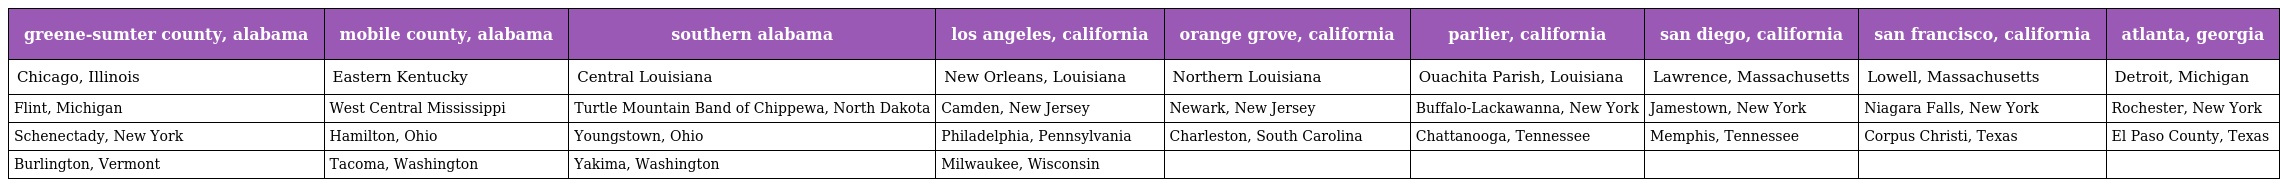
| greene-sumter county, alabama | mobile county, alabama | southern alabama | los angeles, california | orange grove, california | parlier, california | san diego, california | san francisco, california | atlanta, georgia |
 | --- | --- | --- | --- | --- | --- | --- | --- | --- |
 | Chicago, Illinois | Eastern Kentucky | Central Louisiana | New Orleans, Louisiana | Northern Louisiana | Ouachita Parish, Louisiana | Lawrence, Massachusetts | Lowell, Massachusetts | Detroit, Michigan |
 | Flint, Michigan | West Central Mississippi | Turtle Mountain Band of Chippewa, North Dakota | Camden, New Jersey | Newark, New Jersey | Buffalo-Lackawanna, New York | Jamestown, New York | Niagara Falls, New York | Rochester, New York |
 | Schenectady, New York | Hamilton, Ohio | Youngstown, Ohio | Philadelphia, Pennsylvania | Charleston, South Carolina | Chattanooga, Tennessee | Memphis, Tennessee | Corpus Christi, Texas | El Paso County, Texas |
 | Burlington, Vermont | Tacoma, Washington | Yakima, Washington | Milwaukee, Wisconsin |  |  |  |  |  |